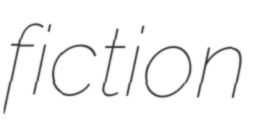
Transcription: fiction